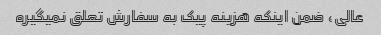
عالی، ضمن اینکه هزینه پیک به سفارش تعلق نمیگیره